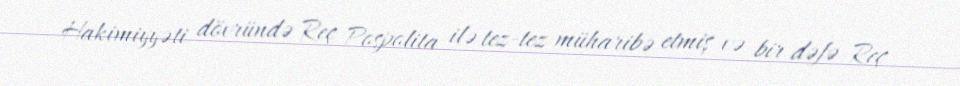
Hakimiyyəti dövründə Reç Pospolita ilə tez-tez müharibə etmiş və bir dəfə Reç